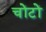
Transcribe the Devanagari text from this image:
चोंटों